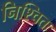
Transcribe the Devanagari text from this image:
निश्चितः